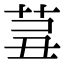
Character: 𦮊